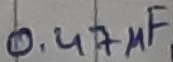
Text: 0.47µF